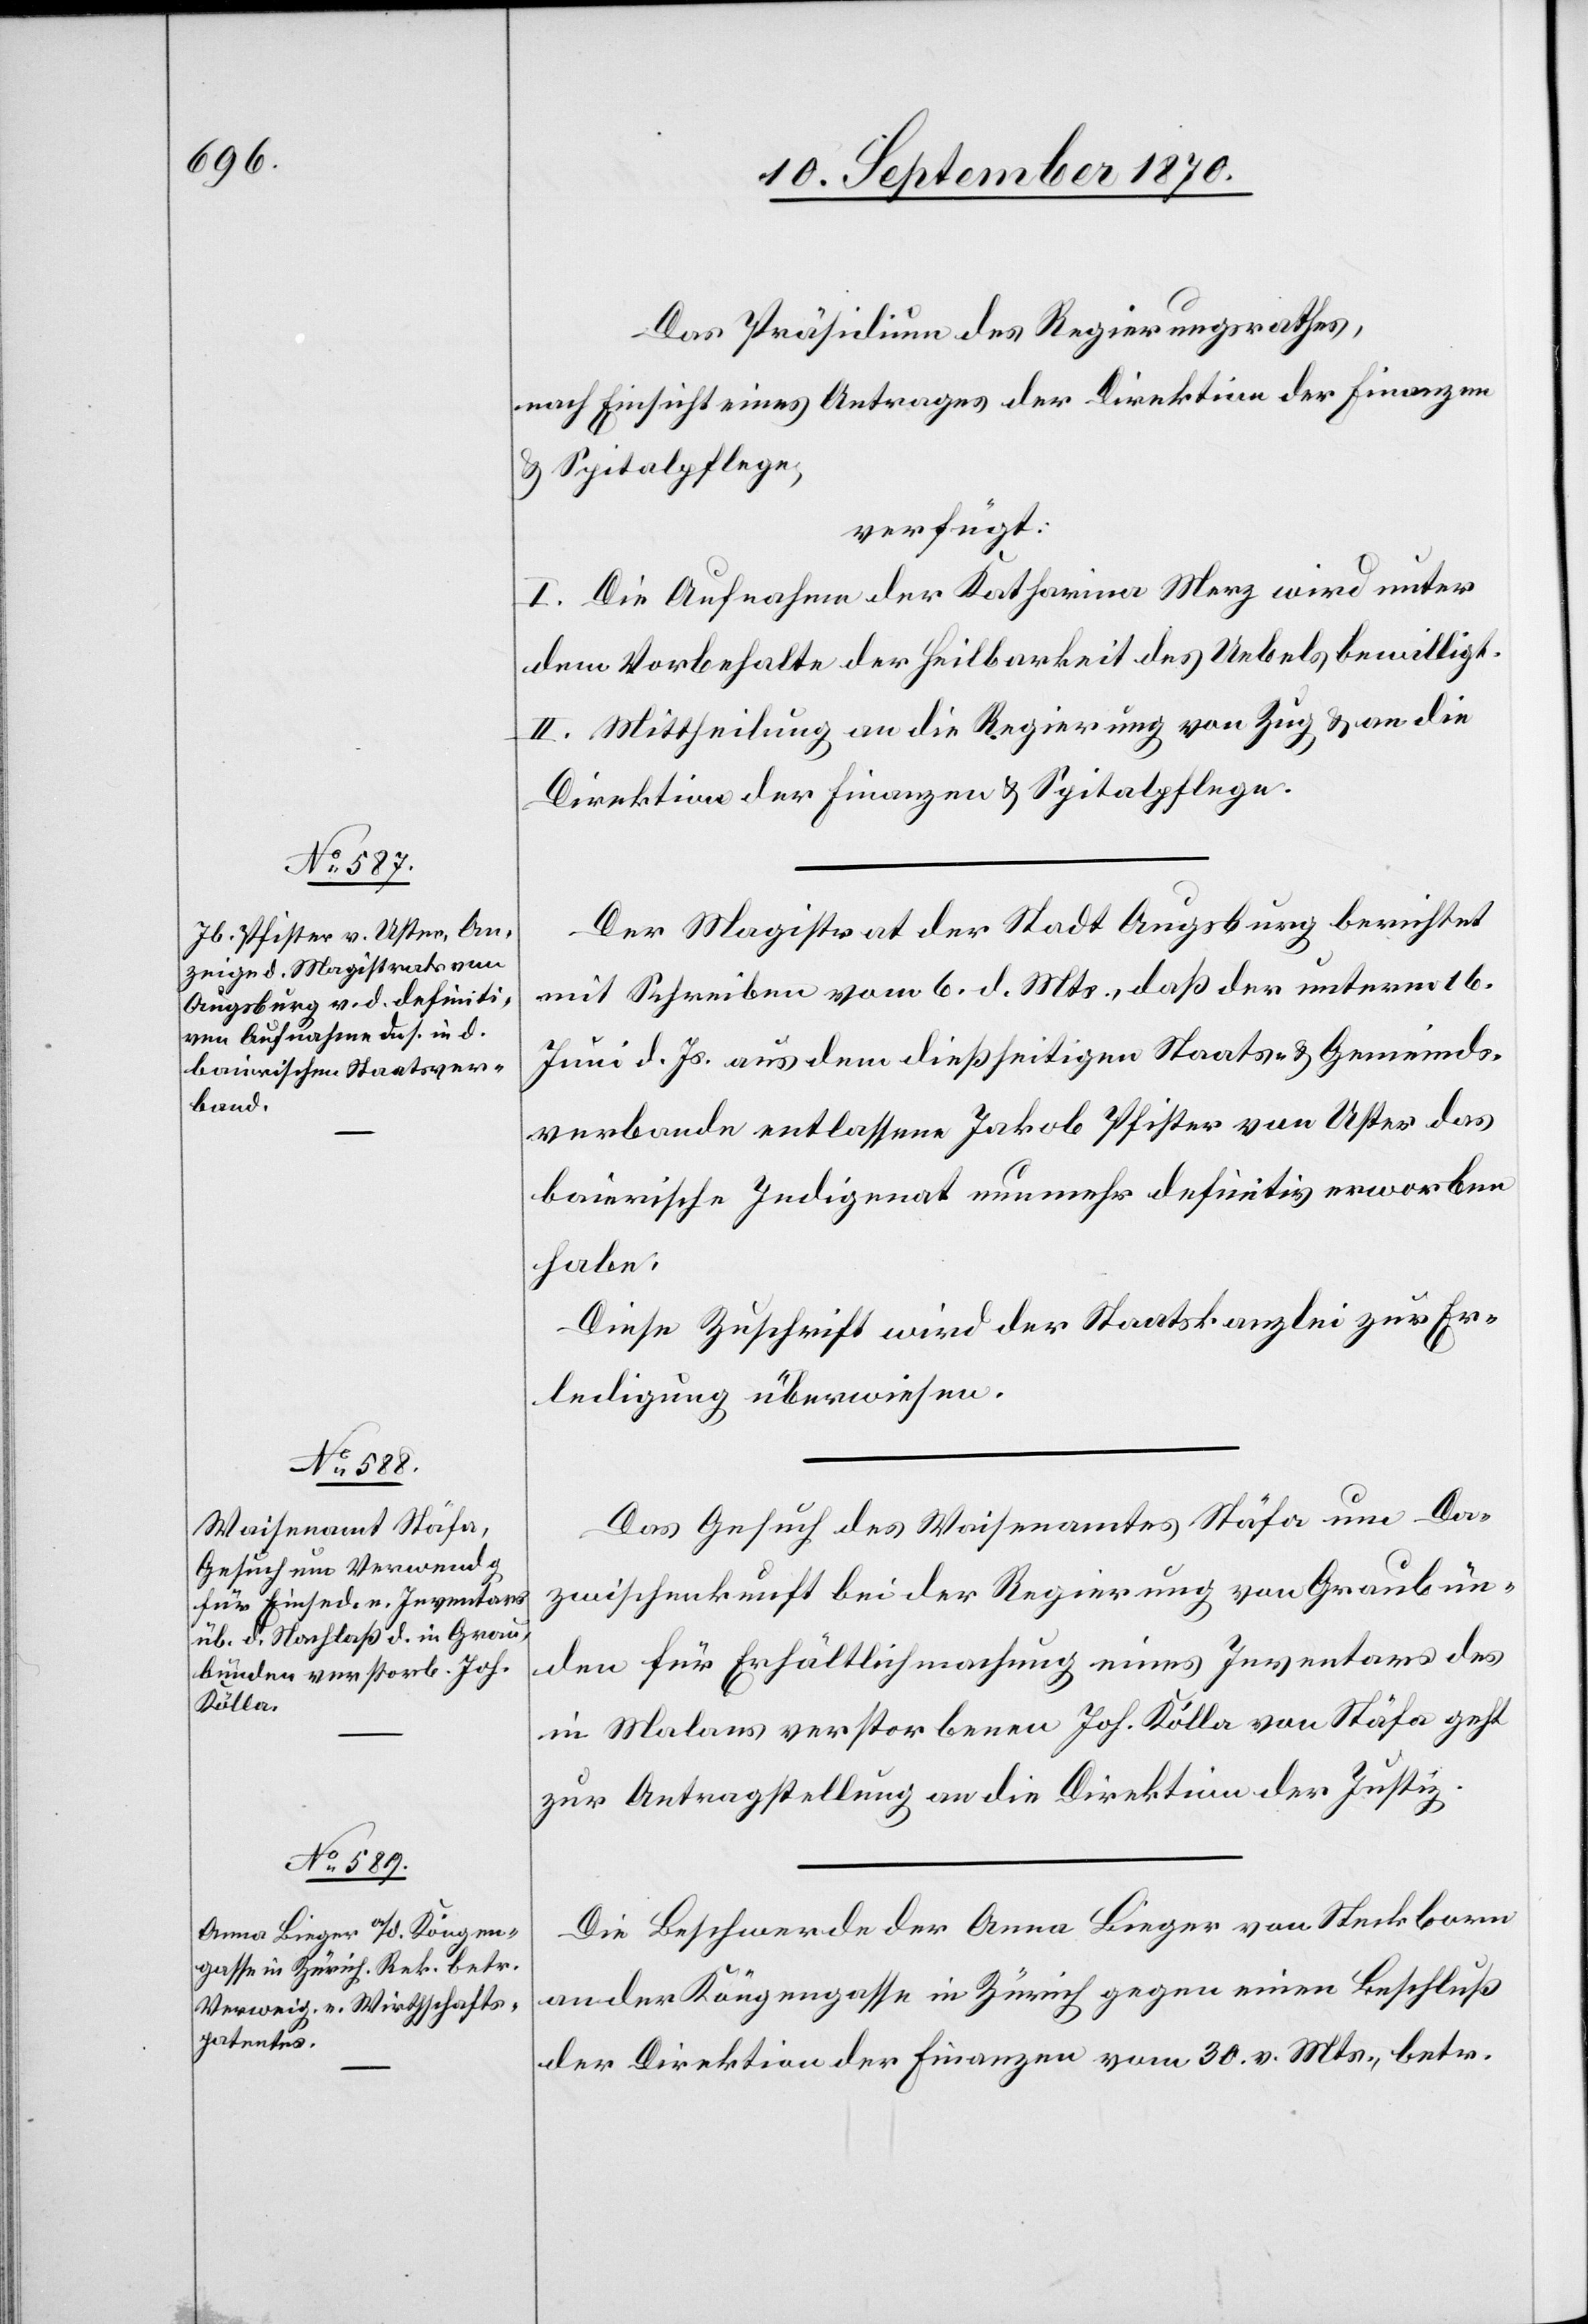
10. September 1870.]
Das Präsidium des Regierungsrathes,
nach Einsicht eines Antrages der Direktion der Finanzen
& Spitalpflege,
verfügt:
I. Die Aufnahme der Katharina Merz wird unter
dem Vorbehalte der Heilbarkeit des Uebels bewilligt.
II. Mittheilung an die Regierung von Zug & an die
Direktion der Finanzen & Spitalpflege.
Der Magistrat der Stadt Augsburg berichtet
mit Schreiben vom 6. d. Mts., das der unterm 16.
Juni d. Js. aus dem dießseitigen Staats- & Gemeinds¬
verbande entlassene Jakob Pfister von Uster das
baierische Indigenat nunmehr definitiv erworben
habe.
Diese Zuschrift wird der Staatskanzlei zur Er¬
ledigung überwiesen.
Das Gesuch des Waisenamtes Stäfa um Da¬
zwischenkunft bei der Regierung von Graubün¬
den für Erhältlichmachung eines Inventars des
in Malans verstorbenen Joh. Kölla von Stäfa geht
zur Antragstellung an die Direktion der Justiz.
Die Beschwerde der Anna Lieger von Steckborn
an der Köngengasse in Zürich gegen einen Beschluß
der Direktion der Finanzen vom 30. v. Mts., betr.